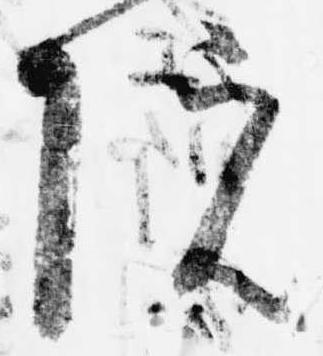
院